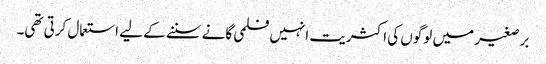
برصغیر میں لوگوں کی اکثریت انہیں فلمی گانے سننے کے لیے استعمال کرتی تھی۔